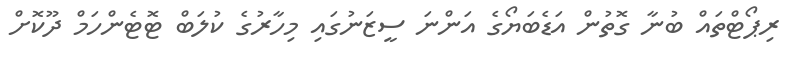
ރިޕޯޓްތައް ބުނާ ގޮތުން އަޑެބަޔޯގެ އަންނަ ސީޒަނުގައި މިހާރުގެ ކުލަބް ޓޮޓެންހަމް ދޫކޮށް